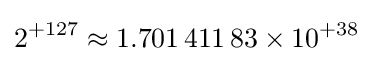
2^{+127}\approx 1.701\,411\,83\times 10^{+38}